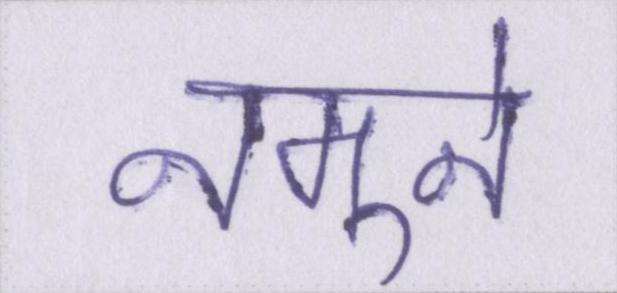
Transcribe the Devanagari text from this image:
नमूने